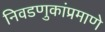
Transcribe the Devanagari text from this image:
निवडणुकांप्रमाणे